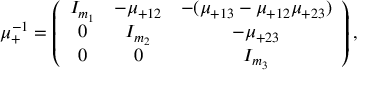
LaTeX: \mu _ { + } ^ { - 1 } = \left( \begin{array} { c c c } { { I _ { m _ { 1 } } } } & { { - \mu _ { + 1 2 } } } & { { - ( \mu _ { + 1 3 } - \mu _ { + 1 2 } \mu _ { + 2 3 } ) } } \\ { { 0 } } & { { I _ { m _ { 2 } } } } & { { - \mu _ { + 2 3 } } } \\ { { 0 } } & { { 0 } } & { { I _ { m _ { 3 } } } } \end{array} \right) ,